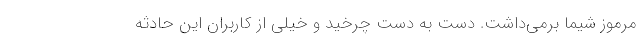
مرموز شیما برمی‌داشت. دست به دست چرخید و خیلی از کاربران این حادثه